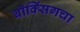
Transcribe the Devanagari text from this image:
बॉक्सिंगचा